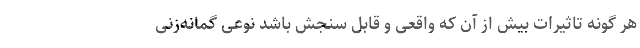
هر گونه تاثیرات بیش از آن که واقعی و قابل سنجش باشد نوعی گمانه‌زنی